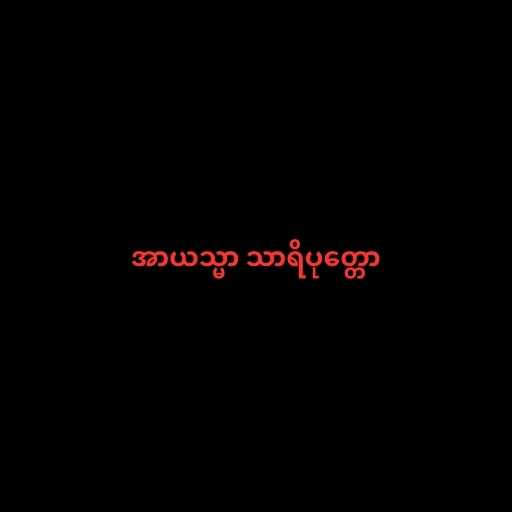
အာယသ္မာ သာရိပုတ္တော